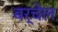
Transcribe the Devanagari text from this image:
बर्चेल